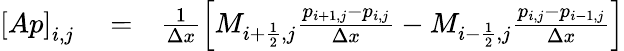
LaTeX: \begin{array}{rlr}{\left[Ap\right]_{i,j}}&{{}=}&{\frac{1}{\Delta x}\left[M_{i+\frac{1}{2},j}\frac{p_{i+1,j}-p_{i,j}}{\Delta x}-M_{i-\frac{1}{2},j}\frac{p_{i,j}-p_{i-1,j}}{\Delta x}\right]}\end{array}